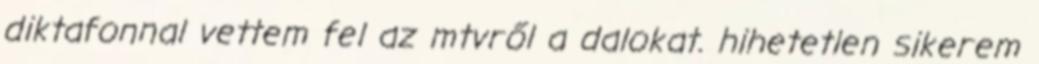
diktafonnal vettem fel az mtvről a dalokat. hihetetlen sikerem